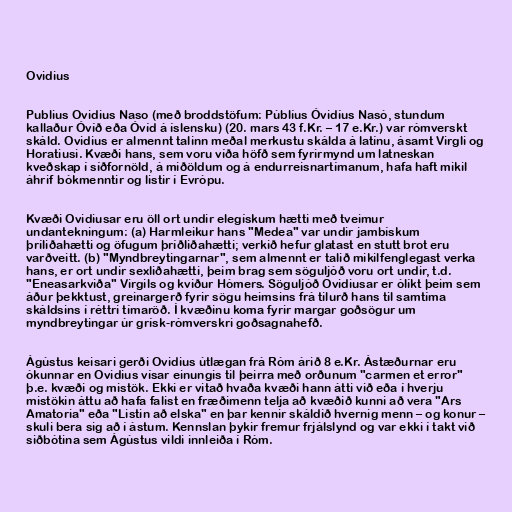
Ovidius

Publius Ovidius Naso (með broddstöfum: Públíus Óvidíus Nasó, stundum
kallaður Óvíð eða Óvíd á íslensku) (20. mars 43 f.Kr. – 17 e.Kr.) var rómverskt
skáld. Ovidius er almennt talinn meðal merkustu skálda á latínu, ásamt Virgli og
Horatiusi. Kvæði hans, sem voru víða höfð sem fyrirmynd um latneskan
kveðskap í síðfornöld, á miðöldum og á endurreisnartímanum, hafa haft mikil
áhrif bókmenntir og listir í Evrópu.

Kvæði Ovidiusar eru öll ort undir elegískum hætti með tveimur
undantekningum: (a) Harmleikur hans "Medea" var undir jambískum
þríliðahætti og öfugum þríðliðahætti; verkið hefur glatast en stutt brot eru
varðveitt. (b) "Myndbreytingarnar", sem almennt er talið mikilfenglegast verka
hans, er ort undir sexliðahætti, þeim brag sem söguljóð voru ort undir, t.d.
"Eneasarkviða" Virgils og kviður Hómers. Söguljóð Ovidiusar er ólíkt þeim sem
áður þekktust, greinargerð fyrir sögu heimsins frá tilurð hans til samtíma
skáldsins í réttri tímaröð. Í kvæðinu koma fyrir margar goðsögur um
myndbreytingar úr grísk-rómverskri goðsagnahefð.

Ágústus keisari gerði Ovidius útlægan frá Róm árið 8 e.Kr. Ástæðurnar eru
ókunnar en Ovidius vísar einungis til þeirra með orðunum "carmen et error"
þ.e. kvæði og mistök. Ekki er vitað hvaða kvæði hann átti við eða í hverju
mistökin áttu að hafa falist en fræðimenn telja að kvæðið kunni að vera "Ars
Amatoria" eða "Listin að elska" en þar kennir skáldið hvernig menn – og konur –
skuli bera sig að í ástum. Kennslan þykir fremur frjálslynd og var ekki í takt við
siðbótina sem Ágústus vildi innleiða í Róm.